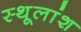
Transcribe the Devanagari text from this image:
स्थूलांश